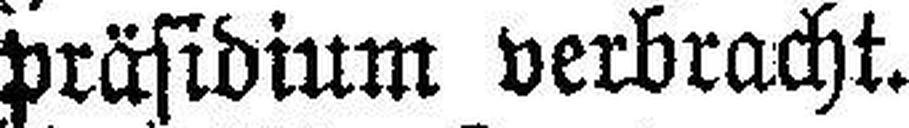
präsidium verbracht.